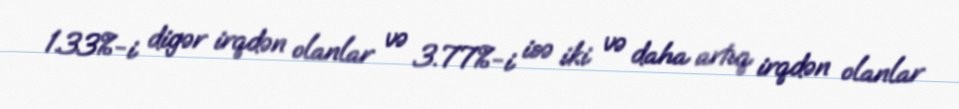
1.33%-i digər irqdən olanlar və 3.77%-i isə iki və daha artıq irqdən olanlar